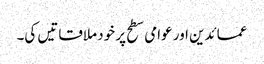
عمائدین اور عوامی سطح پر خود ملاقاتیں کی۔